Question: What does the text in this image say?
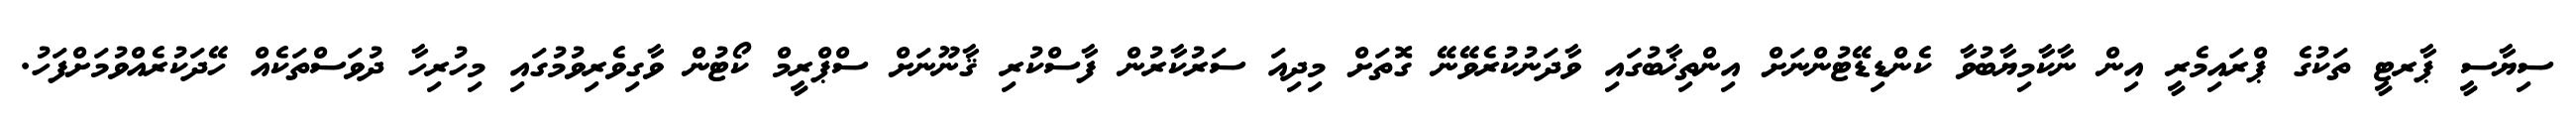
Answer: ސިޔާސީ ޕާރޓީ ތަކުގެ ޕްރައިމެރީ އިން ނާކާމިޔާބުވާ ކެންޑިޑޭޓުންނަށް އިންތިޚާބުގައި ވާދަނުކުރެވޭނޭ ގޮތަށް މިދިއަ ސަރުކާރުން ފާސްކުރި ޤާނޫނަށް ސްޕްރީމް ކޯޓުން ވާގިވެރިވުމުގައި މިހުރިހާ ދުވަސްތަކެއް ހޭދަކުރެއްވުމަށްފަހު.